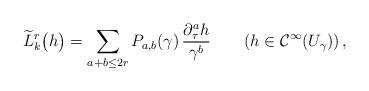
LaTeX: \begin{align*} \widetilde{L}_k^r\big(h\big)=\sum_{a+b\le 2r}P_{a,b}(\gamma)\,\frac{\partial_\tau^a h}{\gamma^b}\,\,\,\,\,\,\,\,\,\,\,\left(h\in \mathcal{C}^\infty(U_\gamma)\right),\end{align*}